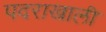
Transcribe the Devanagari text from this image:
पदराखाली